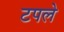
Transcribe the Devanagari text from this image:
टपले